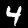
Label: 4